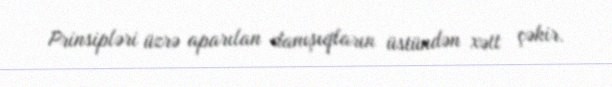
Prinsipləri üzrə aparılan danışıqların üstündən xətt çəkir.